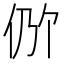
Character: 𫢖